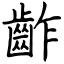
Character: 齚